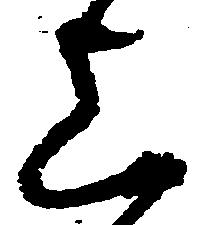
上